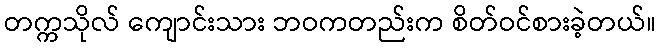
တက္ကသိုလ် ကျောင်းသား ဘဝကတည်းက စိတ်ဝင်စားခဲ့တယ်။